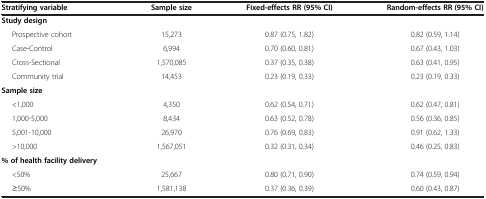
<table><thead><tr><td><b>Stratifying variable</b></td><td><b>Sample size</b></td><td><b>Fixed-effects RR (95% CI)</b></td><td><b>Random-effects RR (95% CI)</b></td></tr></thead><tbody><tr><td><b>Study design</b></td><td> </td><td> </td><td> </td></tr><tr><td>Prospective cohort</td><td>15,273</td><td>0.87 (0.75, 1.82)</td><td>0.82 (0.59, 1.14)</td></tr><tr><td>Case-Control</td><td>6,994</td><td>0.70 (0.60, 0.81)</td><td>0.67 (0.43, 1.03)</td></tr><tr><td>Cross-Sectional</td><td>1,570,085</td><td>0.37 (0.35, 0.38)</td><td>0.63 (0.41, 0.95)</td></tr><tr><td>Community trial</td><td>14,453</td><td>0.23 (0.19, 0.33)</td><td>0.23 (0.19, 0.33)</td></tr><tr><td><b>Sample size</b></td><td> </td><td> </td><td> </td></tr><tr><td>&lt;1,000</td><td>4,350</td><td>0.62 (0.54, 0.71)</td><td>0.62 (0.47, 0.81)</td></tr><tr><td>1,000-5,000</td><td>8,434</td><td>0.63 (0.52, 0.78)</td><td>0.56 (0.36, 0.85)</td></tr><tr><td>5,001-10,000</td><td>26,970</td><td>0.76 (0.69, 0.83)</td><td>0.91 (0.62, 1.33)</td></tr><tr><td>&gt;10,000</td><td>1,567,051</td><td>0.32 (0.31, 0.34)</td><td>0.46 (0.25, 0.83)</td></tr><tr><td><b>% of health facility delivery</b></td><td> </td><td> </td><td> </td></tr><tr><td>&lt;50%</td><td>25,667</td><td>0.80 (0.71, 0.90)</td><td>0.74 (0.59, 0.94)</td></tr><tr><td>≥50%</td><td>1,581,138</td><td>0.37 (0.36, 0.39)</td><td>0.60 (0.43, 0.87)</td></tr></tbody></table>